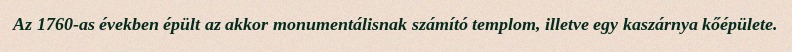
Az 1760-as években épült az akkor monumentálisnak számító templom, illetve egy kaszárnya kőépülete.